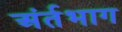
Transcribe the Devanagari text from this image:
अंर्तभाग